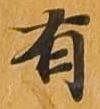
有